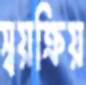
স্বয়ক্রিয়